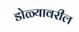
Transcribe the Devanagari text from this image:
डोळ्यावरील